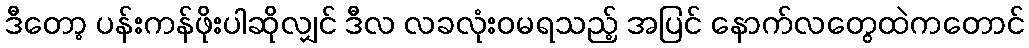
ဒီတော့ ပန်းကန်ဖိုးပါဆိုလျှင် ဒီလ လခလုံးဝမရသည့် အပြင် နောက်လတွေထဲကတောင်